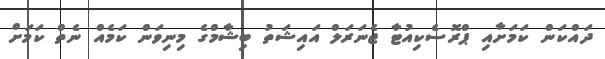
ދައްކަން ކަމަށާއި ޕްރޮސެކިއުޓާ ޖެނަރަލް އައިޝަތު ބިޝާމްގެ މިނިވަން ކަމެއް ނެތް ކަމަށް